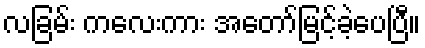
လခြမ်း ကလေးကား အတော်မြင့်ခဲ့ပေပြီ။